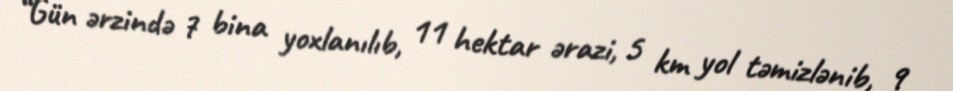
“Gün ərzində 7 bina yoxlanılıb, 11 hektar ərazi, 5 km yol təmizlənib, 9